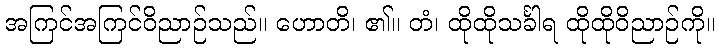
အကြင်အကြင်ဝိညာဉ်သည်။ ဟောတိ၊ ၏။ တံ၊ ထိုထိုသင်္ခါရ ထိုထိုဝိညာဉ်ကို။